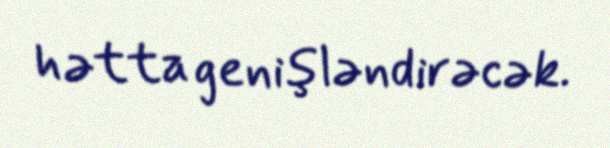
hətta genişləndirəcək.